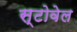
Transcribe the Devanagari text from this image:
स्टोवेल